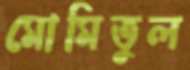
মোমিতুল